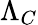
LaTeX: \Lambda_{C}